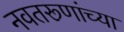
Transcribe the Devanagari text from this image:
नवतरूणांच्या